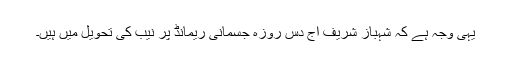
یہی وجہ ہے کہ شہباز شریف آج دس روزہ جسمانی ریمانڈ پر نیب کی تحویل میں ہیں۔